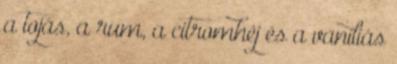
a tojás, a rum, a citromhéj és a vaníliás